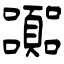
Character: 嚻